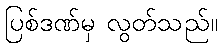
ပြစ်ဒဏ်မှ လွတ်သည်။